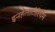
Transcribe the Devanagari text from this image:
इनहेलाटोरियम